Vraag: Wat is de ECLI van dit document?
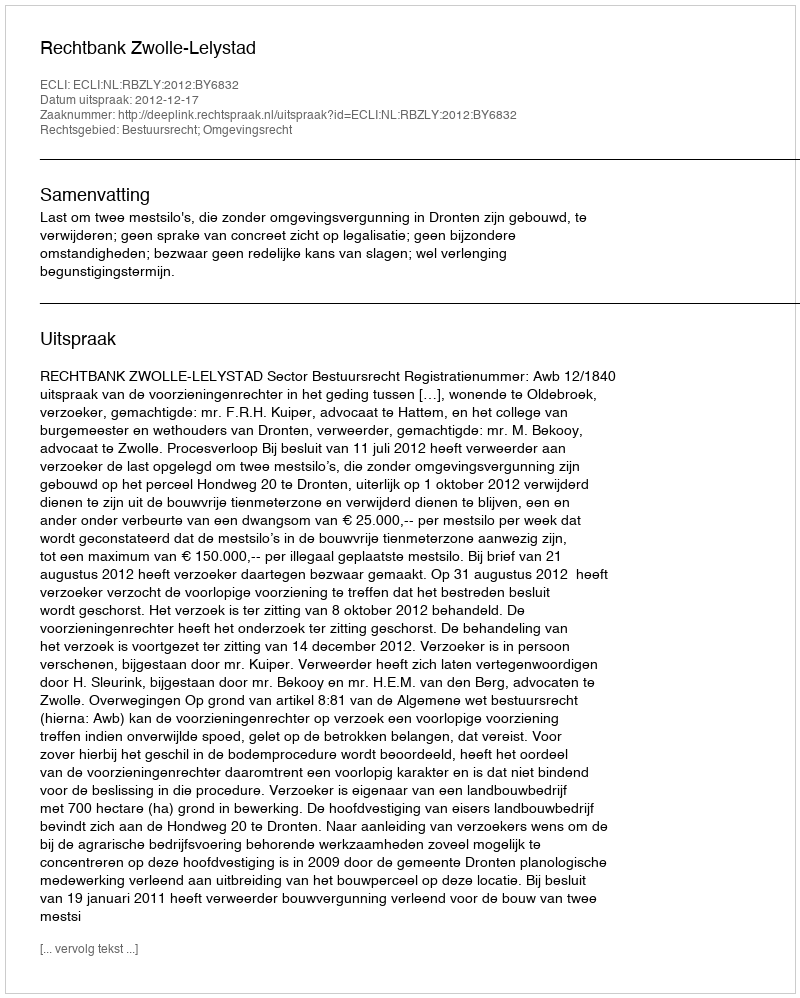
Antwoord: ECLI:NL:RBZLY:2012:BY6832